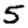
Digit: 5